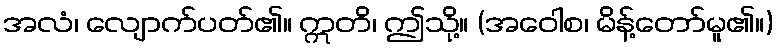
အလံ၊ လျောက်ပတ်၏။ ဣတိ၊ ဤသို့။ (အဝေါစ၊ မိန့်တော်မူ၏။)